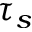
\tau _ { s }